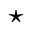
\star